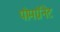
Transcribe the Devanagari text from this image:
पोमग्रॅनेट